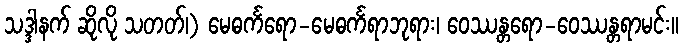
သဒ္ဒါနက် ဆိုလို သတတ်၊) မေဓင်္ကရော-မေဓင်္ကရာဘုရား၊ ဝေဿန္တရော-ဝေဿန္တရာမင်း။